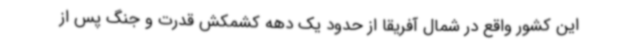
این کشور واقع در شمال آفریقا از حدود یک دهه کشمکش قدرت و جنگ پس از